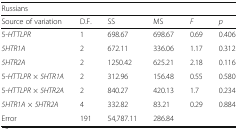
<table><thead><tr><td colspan="6"><b>Russians</b></td></tr><tr><td><b>Source of variation</b></td><td><b>D.F.</b></td><td><b>SS</b></td><td><b>MS</b></td><td><b><i>F</i></b></td><td><b><i>p</i></b></td></tr></thead><tbody><tr><td>5-<i>HTTLPR</i></td><td>1</td><td>698.67</td><td>698.67</td><td>0.69</td><td>0.406</td></tr><tr><td><i>5HTR1A</i></td><td>2</td><td>672.11</td><td>336.06</td><td>1.17</td><td>0.312</td></tr><tr><td><i>5HTR2A</i></td><td>2</td><td>1250.42</td><td>625.21</td><td>2.18</td><td>0.116</td></tr><tr><td>5-<i>HTTLPR × 5HTR1A</i></td><td>2</td><td>312.96</td><td>156.48</td><td>0.55</td><td>0.580</td></tr><tr><td>5-<i>HTTLPR × 5HTR2A</i></td><td>2</td><td>840.27</td><td>420.13</td><td>1.7</td><td>0.234</td></tr><tr><td><i>5HTR1A × 5HTR2A</i></td><td>4</td><td>332.82</td><td>83.21</td><td>0.29</td><td>0.884</td></tr><tr><td>Error</td><td>191</td><td>54,787.11</td><td>286.84</td><td></td><td></td></tr></tbody></table>